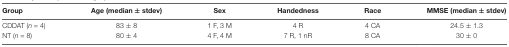
<table><thead><tr><td><b>Group</b></td><td><b>Age (median ± stdev)</b></td><td><b>Sex</b></td><td><b>Handedness</b></td><td><b>Race</b></td><td><b>MMSE (median ± stdev)</b></td></tr></thead><tbody><tr><td>CDDAT (<i>n</i> = 4)</td><td>83 ± 8</td><td>1 F, 3 M</td><td>4 R</td><td>4 CA</td><td>24.5 ± 1.3</td></tr><tr><td>NT (<i>n</i> = 8)</td><td>80 ± 4</td><td>4 F, 4 M</td><td>7 R, 1 nR</td><td>8 CA</td><td>30 ± 0</td></tr></tbody></table>